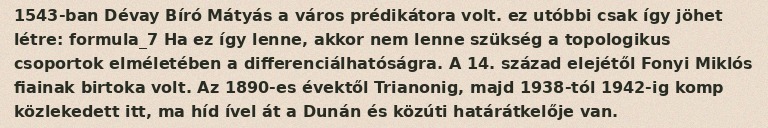
1543-ban Dévay Bíró Mátyás a város prédikátora volt. ez utóbbi csak így jöhet létre: formula_7 Ha ez így lenne, akkor nem lenne szükség a topologikus csoportok elméletében a differenciálhatóságra. A 14. század elejétől Fonyi Miklós fiainak birtoka volt. Az 1890-es évektől Trianonig, majd 1938-tól 1942-ig komp közlekedett itt, ma híd ível át a Dunán és közúti határátkelője van.